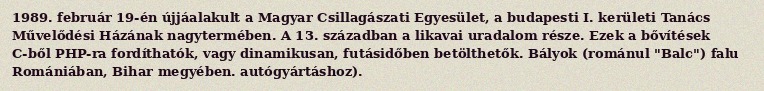
1989. február 19-én újjáalakult a Magyar Csillagászati Egyesület, a budapesti I. kerületi Tanács Művelődési Házának nagytermében. A 13. században a likavai uradalom része. Ezek a bővítések C-ből PHP-ra fordíthatók, vagy dinamikusan, futásidőben betölthetők. Bályok (románul "Balc") falu Romániában, Bihar megyében. autógyártáshoz).